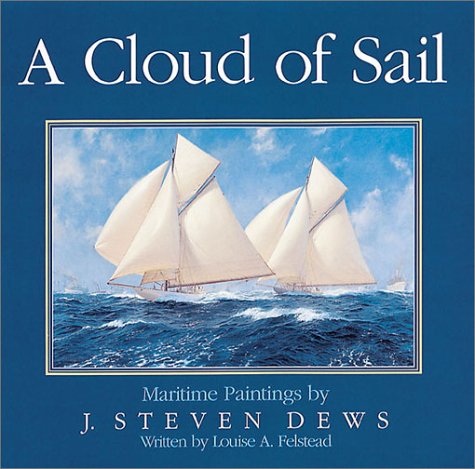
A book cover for Cloud of Sail: Maritime Paintings by J. Steven Dews; Louise Felstead; Arts & Photography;